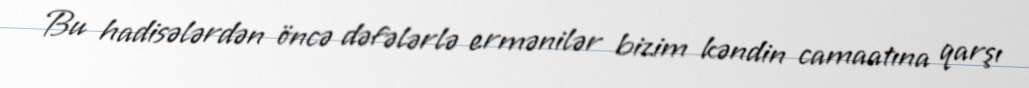
Bu hadisələrdən öncə dəfələrlə ermənilər bizim kəndin camaatına qarşı